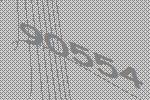
90554